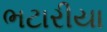
ભટારીયા